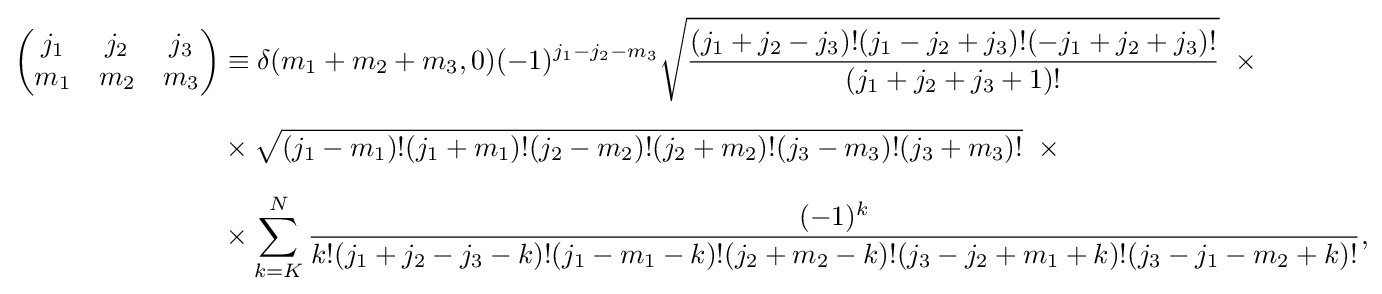
{\begin{aligned}{\begin{pmatrix}j_{1}&j_{2}&j_{3}\\m_{1}&m_{2}&m_{3}\end{pmatrix}}&\equiv \delta (m_{1}+m_{2}+m_{3},0)(-1)^{j_{1}-j_{2}-m_{3}}{}{\sqrt {\frac {(j_{1}+j_{2}-j_{3})!(j_{1}-j_{2}+j_{3})!(-j_{1}+j_{2}+j_{3})!}{(j_{1}+j_{2}+j_{3}+1)!}}}\ \times {}\\[6pt]&\times {\sqrt {(j_{1}-m_{1})!(j_{1}+m_{1})!(j_{2}-m_{2})!(j_{2}+m_{2})!(j_{3}-m_{3})!(j_{3}+m_{3})!}}\ \times {}\\[6pt]&\times \sum _{k=K}^{N}{\frac {(-1)^{k}}{k!(j_{1}+j_{2}-j_{3}-k)!(j_{1}-m_{1}-k)!(j_{2}+m_{2}-k)!(j_{3}-j_{2}+m_{1}+k)!(j_{3}-j_{1}-m_{2}+k)!}},\end{aligned}}